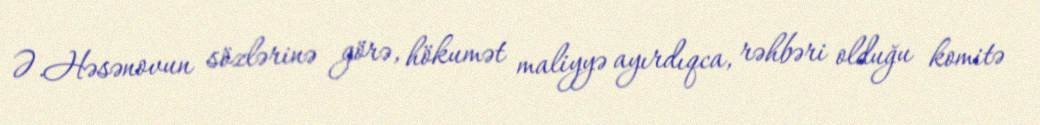
Ə.Həsənovun sözlərinə görə, hökumət maliyyə ayırdıqca, rəhbəri olduğu komitə